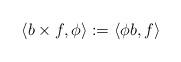
LaTeX: \begin{align*}\langle b\times f, \phi\rangle := \langle \phi b, f\rangle \end{align*}